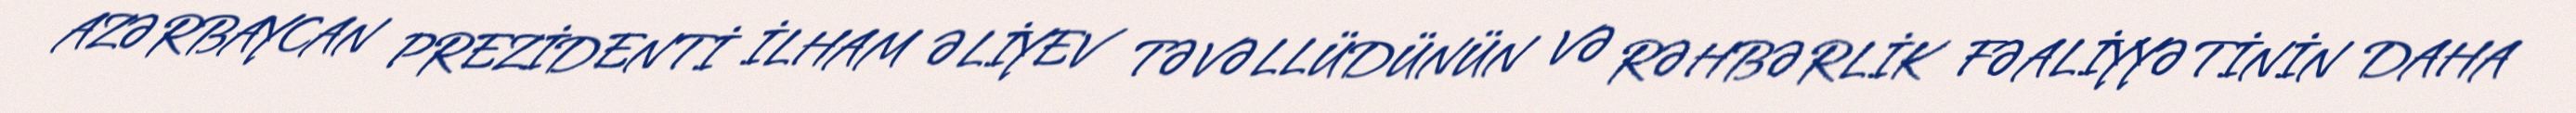
AZƏRBAYCAN PREZİDENTİ İLHAM ƏLİYEV TƏVƏLLÜDÜNÜN VƏ RƏHBƏRLİK FƏALİYYƏTİNİN DAHA